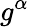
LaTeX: g^{\alpha}